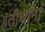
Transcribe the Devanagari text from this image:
॥तीर्थानां